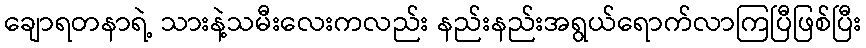
ချောရတနာရဲ့ သားနဲ့သမီးလေးကလည်း နည်းနည်းအရွယ်ရောက်လာကြပြီဖြစ်ပြီး